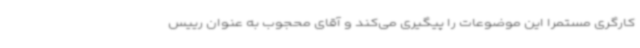
کارگری مستمرا این موضوعات را پیگیری می‌کند و آقای محجوب به عنوان رییس